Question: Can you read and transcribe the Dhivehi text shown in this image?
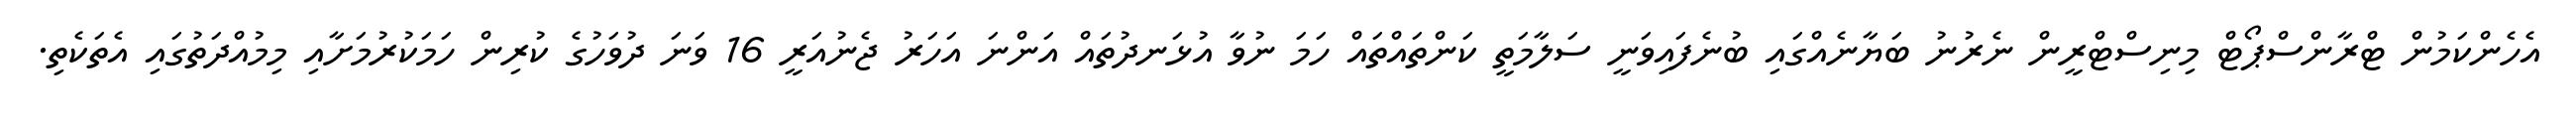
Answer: އެހެންކަމުން ޓްރާންސްޕޯޓް މިނިސްޓްރީން ނެރުނު ބަޔާނެއްގައި ބުނެފައިވަނީ ސަލާމަތީ ކަންތައްތައް ހަމަ ނުވާ އުޅަނދުތައް އަންނަ އަހަރު ޖެނުއަރީ 16 ވަނަ ދުވަހުގެ ކުރިން ހަމަކުރުމަށާއި މިމުއްދަތުގައި އެތަކެތި.